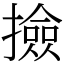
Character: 撿